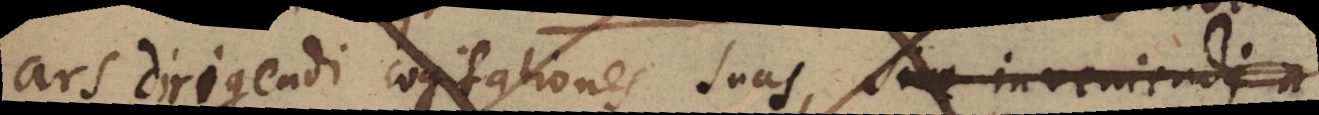
ars dirigendi cogitationes suas, sive inveniendi a